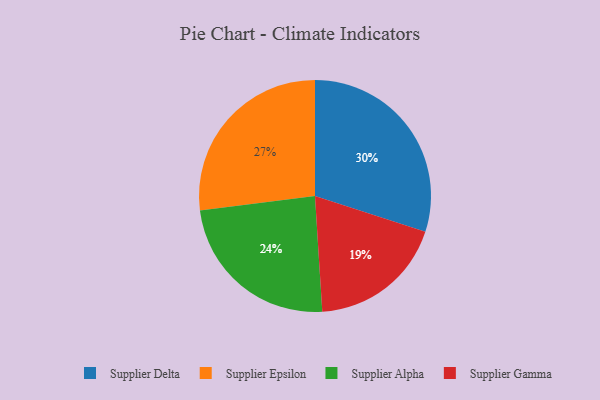
{"axis": {"x": "Category", "y": "Percentage"}, "legend": ["Supplier Alpha", "Supplier Delta", "Supplier Epsilon", "Supplier Gamma"], "data": [{"x": "Supplier Delta", "y": 30, "type": "Supplier Delta"}, {"x": "Supplier Alpha", "y": 24, "type": "Supplier Alpha"}, {"x": "Supplier Epsilon", "y": 27, "type": "Supplier Epsilon"}, {"x": "Supplier Gamma", "y": 19, "type": "Supplier Gamma"}]}